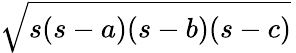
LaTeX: {\sqrt{s(s-a)(s-b)(s-c)}}\,